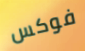
فوكس